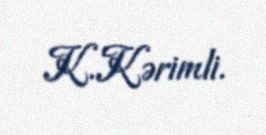
K.Kərimli.